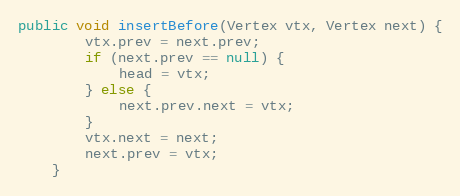
Language: Java
public void insertBefore(Vertex vtx, Vertex next) {
        vtx.prev = next.prev;
        if (next.prev == null) {
            head = vtx;
        } else {
            next.prev.next = vtx;
        }
        vtx.next = next;
        next.prev = vtx;
    }